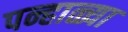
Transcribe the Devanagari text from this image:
पन्हाळ्या